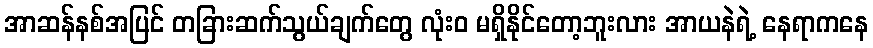
အာဆန်နစ်အပြင် တခြားဆက်သွယ်ချက်တွေ လုံးဝ မရှိနိုင်တော့ဘူးလား အာယနဲရဲ့ နေရာကနေ